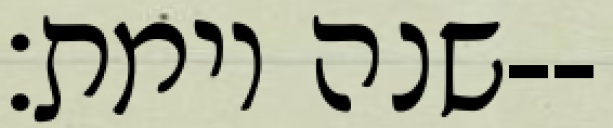
שנה וימת׃--